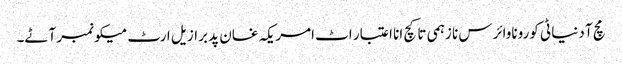
مچ آ دنیا ٹی کوروناوائرس نا زہمی تا کچ انا اعتبار اٹ امریکہ غان پد برازیل ارٹ میکو نمبر آٹے۔